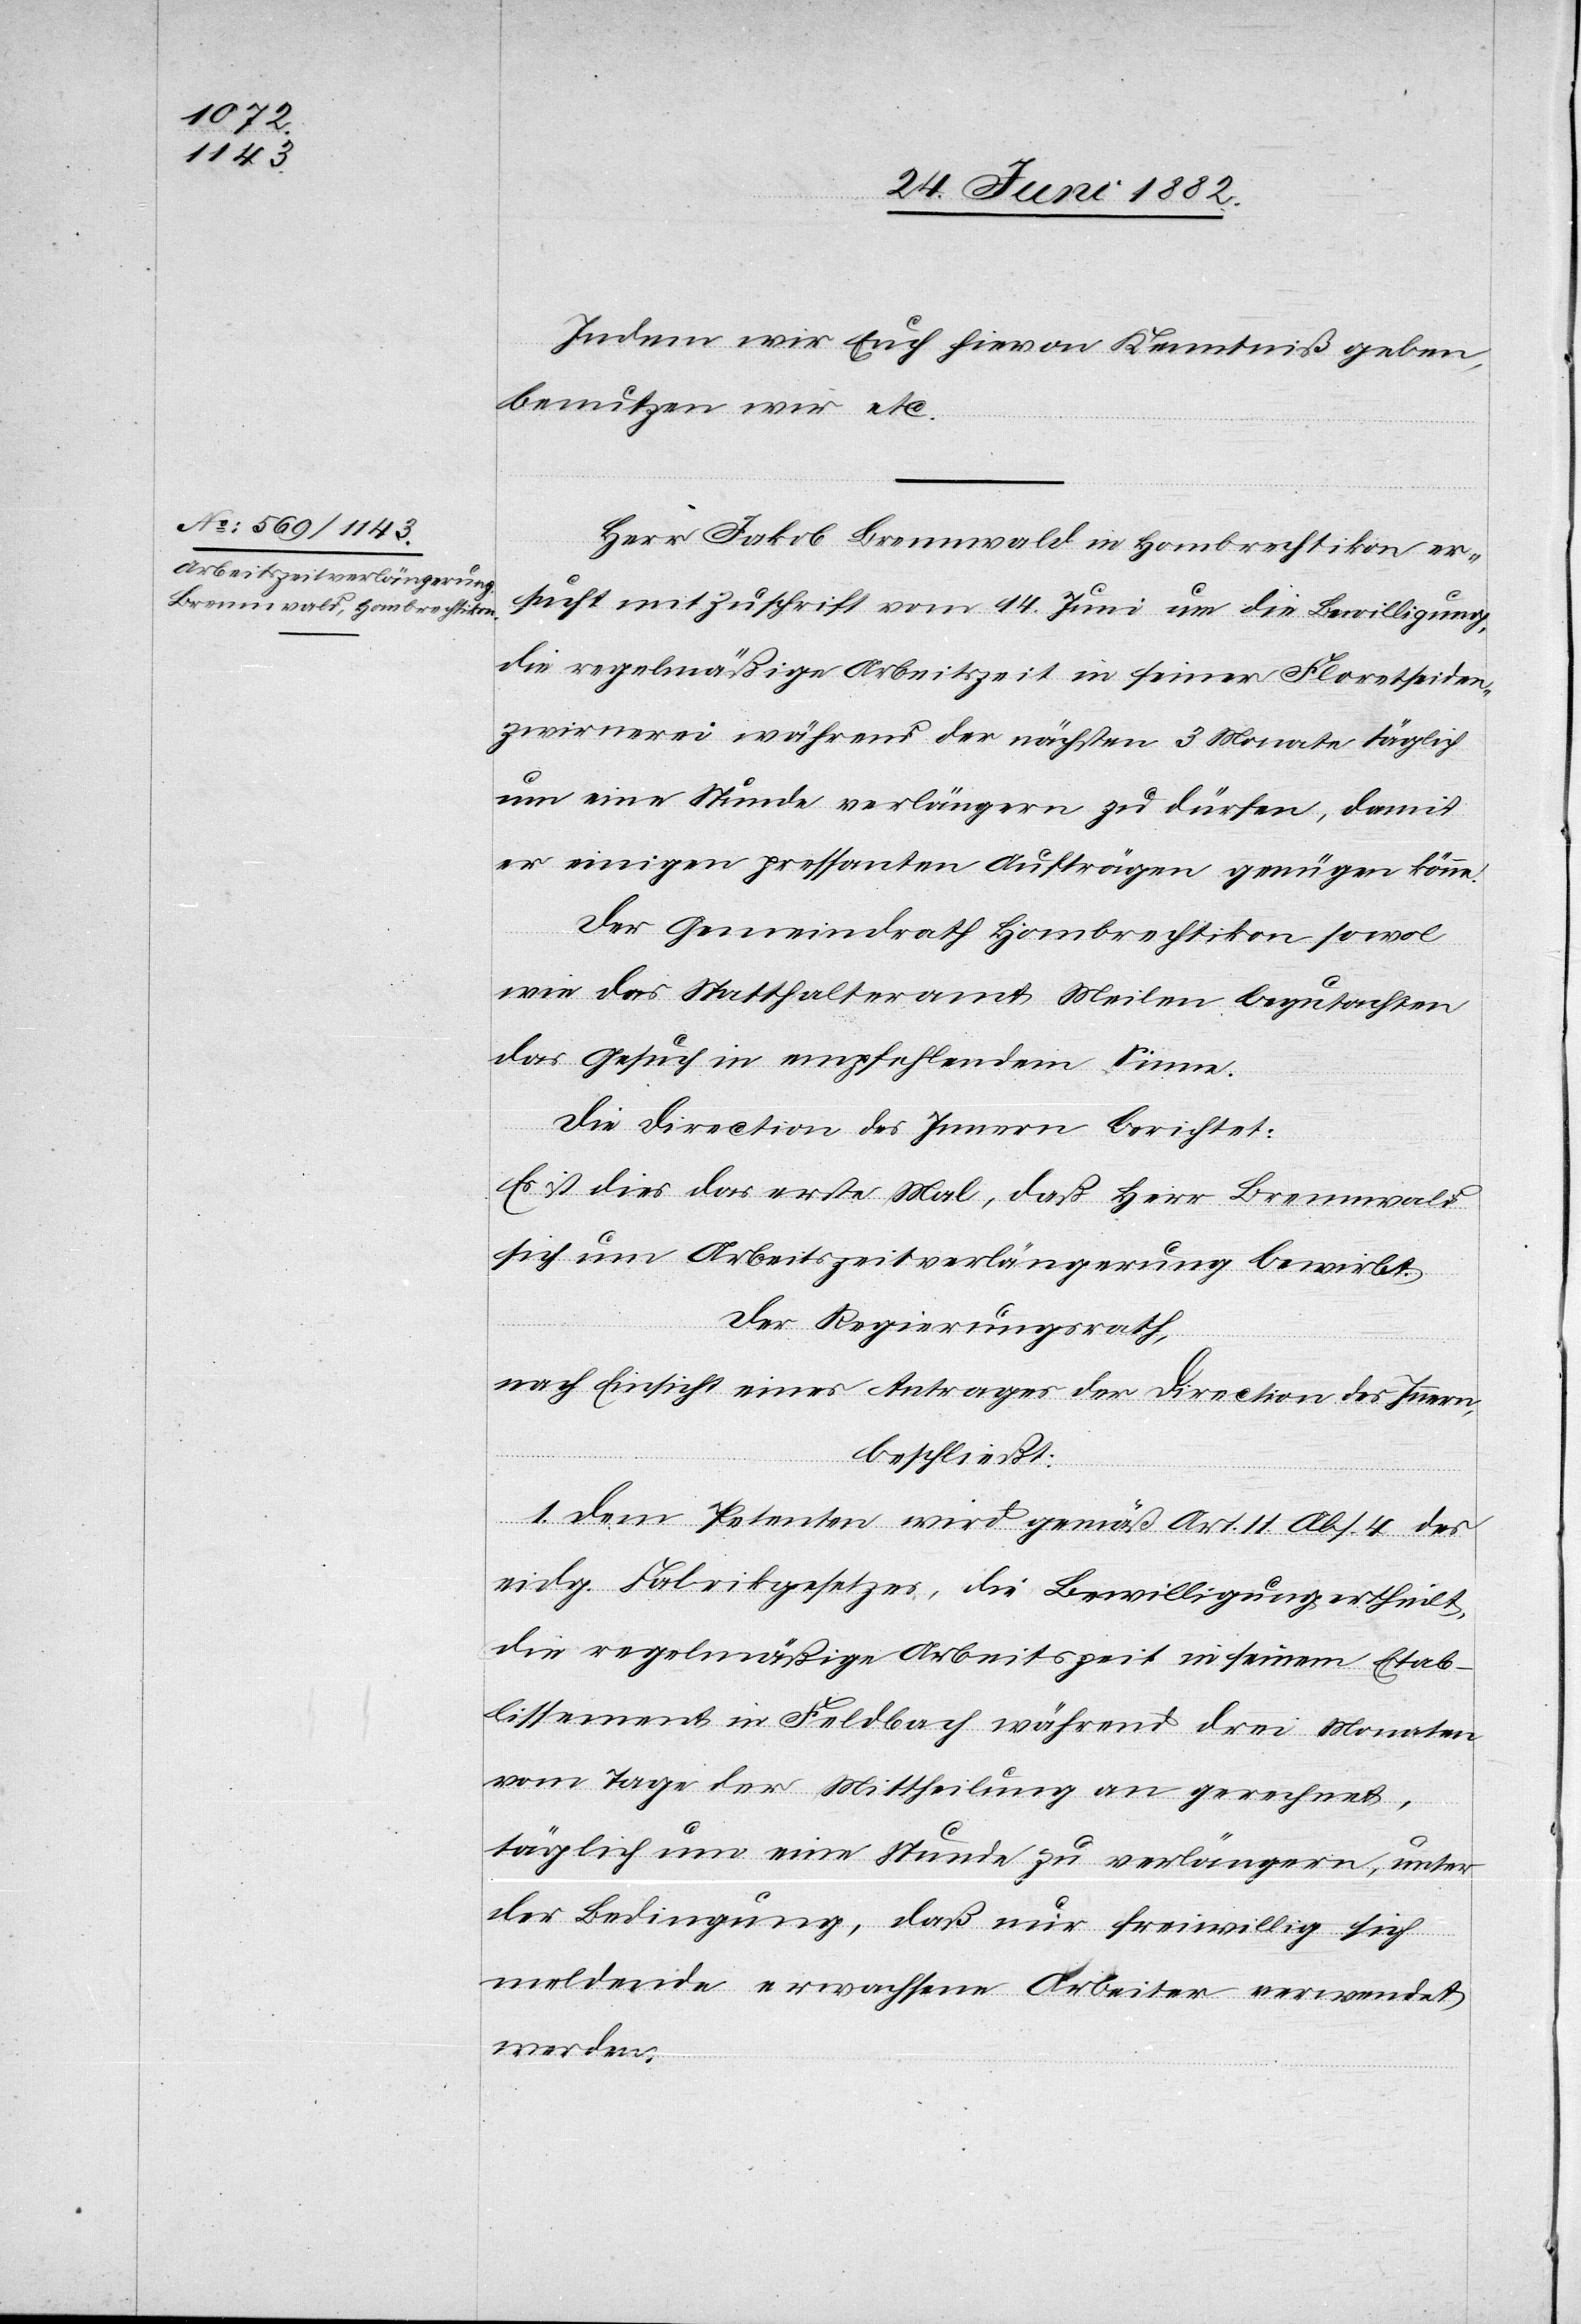
Indem wir Euch hievon Kenntniß geben,
benutzen wir etc.
Herr Jakob Brennwald in Hombrechtikon er¬
sucht mit Zuschrift vom 14. Juni um die Bewilligung,
die regelmäßige Arbeitszeit in seiner Floretseiden¬
zwirnerei während der nächsten 3 Monate täglich
um eine Stunde verlängern zu dürfen, damit
er einigen pressanten Aufträgen genügen könne.
Der Gemeindrath Hombrechtikon sowol
wie das Statthalteramt Meilen begutachten
das Gesuch in empfehlendem Sinne.
Die Direction des Innern berichtet:
Es ist dies das erste Mal, daß Herr Brennwald
sich um Arbeitszeitverlängerung bewirbt.
Der Regierungsrath,
nach Einsicht eines Antrages der Direction des Innern,
beschließt:
1. Dem Petenten wird gemäß Art. 11 Abs. 4 des
eidg. Fabrikgesetzes, die Bewilligung ertheilt,
die regelmäßige Arbeitszeit in seinem Etab¬
lissement in Feldbach während drei Monaten
vom Tage der Mittheilung an gerechnet,
täglich um eine Stunde zu verlängern, unter
der Bedingung, daß nur freiwillig sich
meldende erwachsene Arbeiter verwendet
werden.